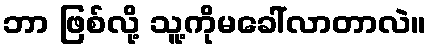
ဘာ ဖြစ်လို့ သူ့ကိုမခေါ်လာတာလဲ။